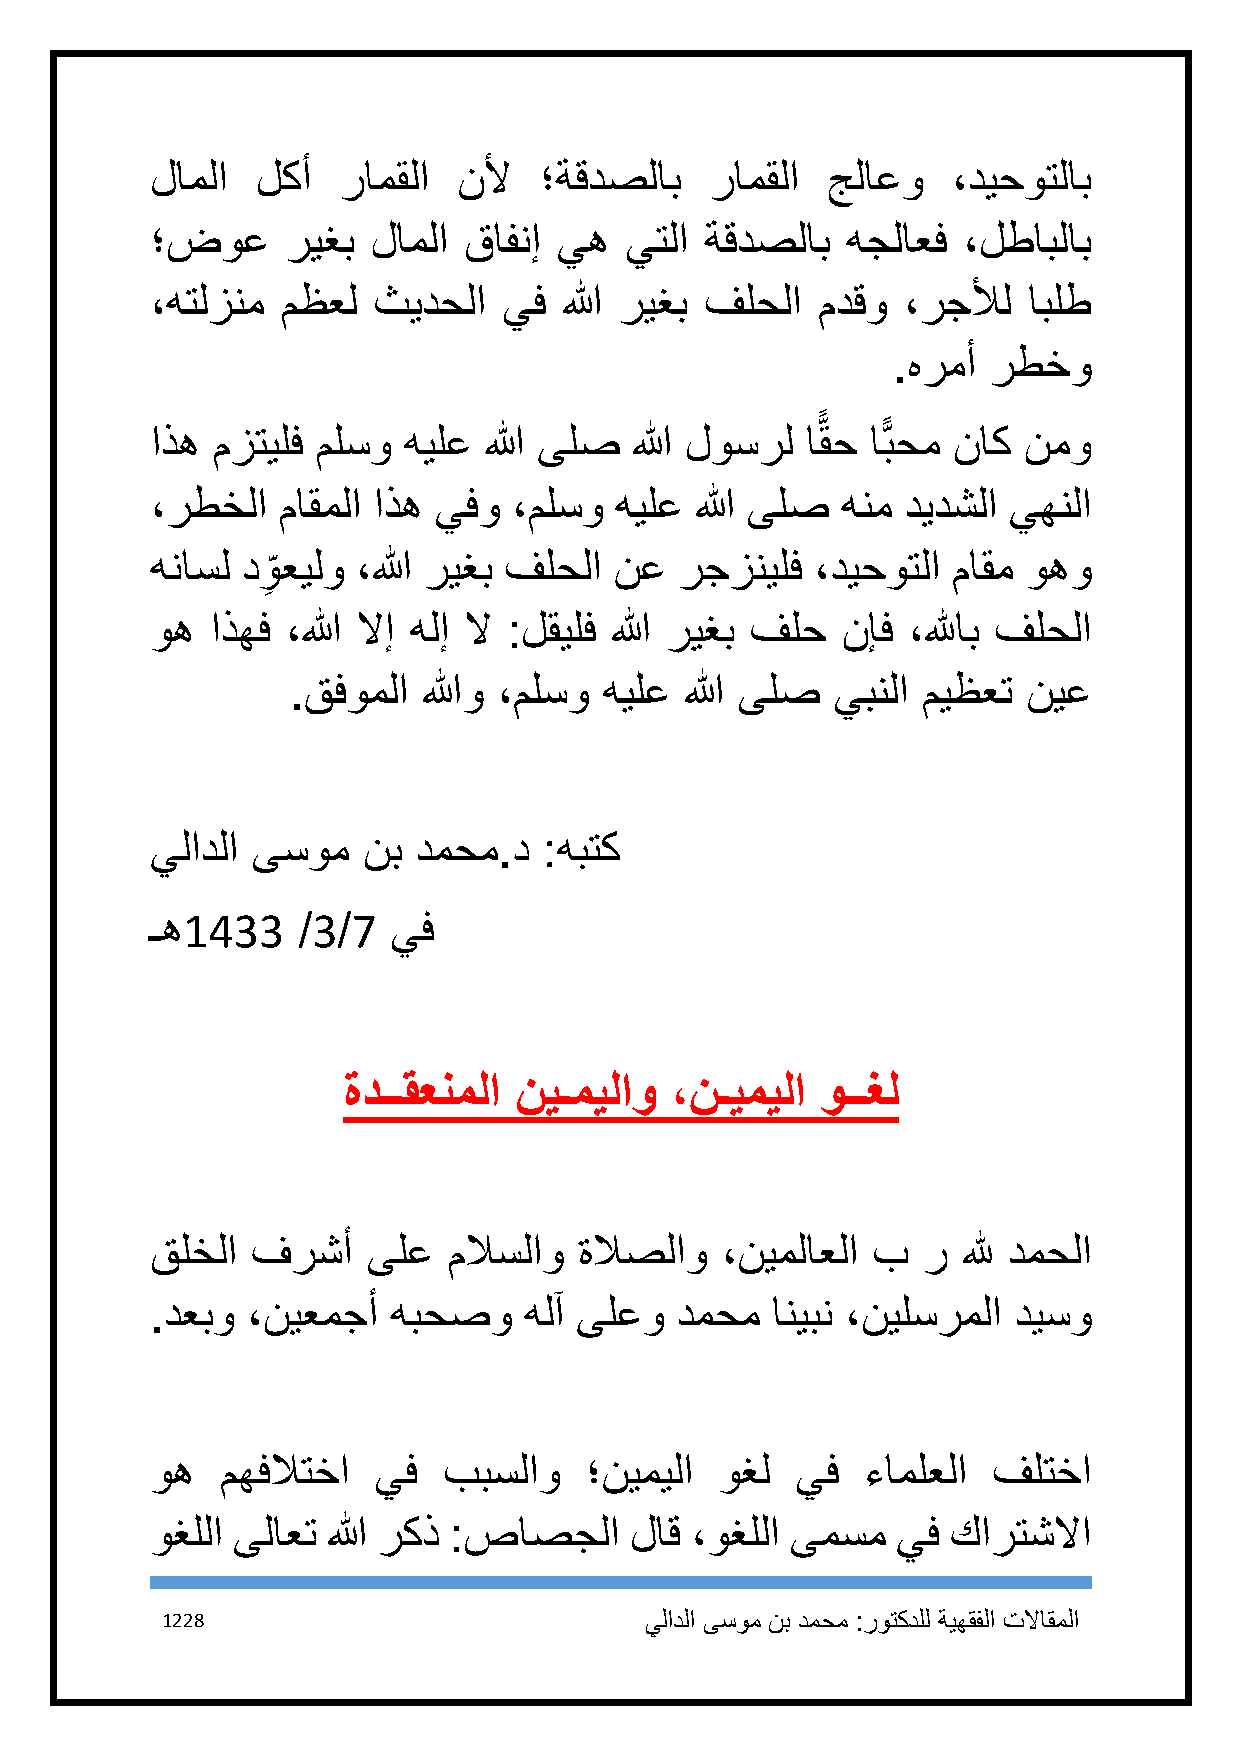
لاملا  لكأ  رامقلا  نلأ   ؛ةقدصلاب   رامقلا  جلاعو   ،ديحوتلاب
 ؛ضوع     ريغب  لاملا قافنإ يه  يتلا  ةقدصلاب  هجلاعف  ،لطابلاب
 ،هتلزنم  مظعل  ثيدحلا  يف  الله ريغب فلحلا  مدقو  ،رجلأل  ابلط
 .هرمأ رطخو
 ًّ
 اذه مزتيلف ملسو  هيلع الله ىلص  الله لوسرل اقح  اًّبحم ناك نمو
 ،رطخلا  ماقملا اذه يفو  ،ملسو  هيلع الله ىلص  هنم ديدشلا يهنلا
 هناسل د و
 ِ
 عيلو ،الله ريغب فلحلا نع  رجزنيلف  ،ديحوتلا ماقم وهو
 وه  اذهف ،الله لاإ هلإ لا :لقيلف الله ريغب فلح نإف ،للهاب فلحلا
 .قفوملا  اللهو ،ملسو هيلع الله ىلص  يبنلا ميظعت  نيع
 يلادلا ىسوم   نب دمحم.د   :هبتك
 ـه1433    /3/7  يف
 ةدــقعنملا نيـميلاو  ،نـيميلا  وــغل
 قلخلا  فرشأ   ىلع   ملاسلاو ةلاصلاو   ،نيملاعلا ب  ر  لله دمحلا
 .دعبو ،نيعمجأ   هبحصو    هلآ ىلعو  دمحم  انيبن ،نيلسرملا ديسو
 وه   مهفلاتخا  يف  ببسلاو    ؛نيميلا  وغل  يف  ءاملعلا  فلتخا
 وغللا ىلاعت الله ركذ :صاصجلا    لاق ،وغللا ىمسم  يف  كارتشلاا
 1228                            يلادلا ىسوم نب دمحم :روتكدلل ةيهقفلا تلااقملا